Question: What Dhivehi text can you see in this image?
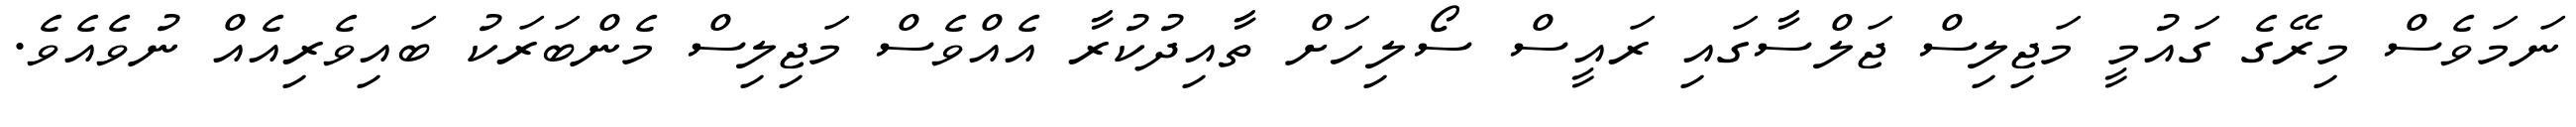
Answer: ނަމަވެސް މިރޭގެ ގައުމީ މަޖިލިސް ޖަލްސާގައި ރައީސް ސޯލިހަށް ތާއިދުކުރާ އެއްވެސް މަޖިލިސް މެންބަރަކު ބައިވެރިއެއް ނުވެއެވެ.